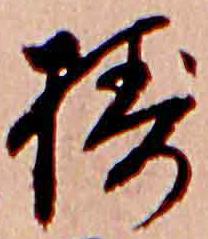
擣